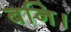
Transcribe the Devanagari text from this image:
बनि।